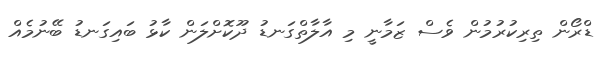
ޑްރޯން ތިރިކުރުމުން ވެސް ޒަމާނީ މި އާލާތްގަނޑު ދޫކޮށްލަން ކާޅު ބައިގަނޑު ބޭނުމެއް